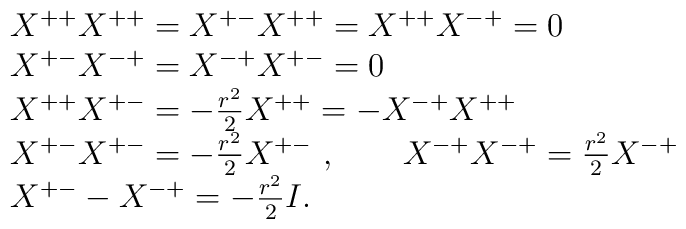
\begin{array}{rl}& X^{++} X^{++} = X^{+-}X^{++} = X^{++} X^{-+} = 0 \cr& X^{+-} X^{-+} = X^{-+} X^{+-} = 0 \cr& X^{++} X^{+-} = - {r^2\over 2} X^{++} = - X^{-+} X^{++} \cr& X^{+-} X^{+-} = - {r^2\over 2} X^{+-}\  ,\qquad  X^{-+} X^{-+} =   {r^2\over 2} X^{-+} \cr& X^{+-}- X^{-+} = - {r^2\over 2} I  .\end{array}